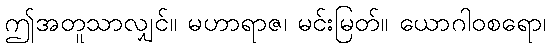
ဤအတူသာလျှင်။ မဟာရာဇ၊ မင်းမြတ်။ ယောဂါဝစရော၊